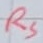
Text: RS